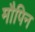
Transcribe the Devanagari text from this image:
मौपिन